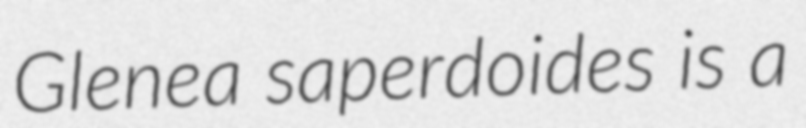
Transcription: Glenea saperdoides is a